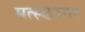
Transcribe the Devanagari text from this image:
मत्स्यनगर